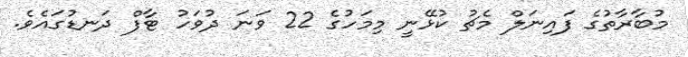
މުބާރާތުގެ ފައިނަލް މެޗު ކުޅޭނީ މިމަހުގެ 22 ވަނަ ދުވަހު ޓާފް ދަނޑުގައެވެ.